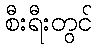
စီးရီးတွင်